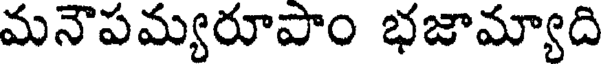
మనౌపమ్యరూపాం భజామ్యాది